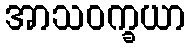
အာသဝက္ခယာ